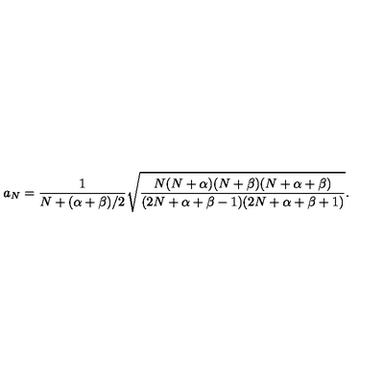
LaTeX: a _ { N } = { \frac { 1 } { N + ( \alpha + \beta ) / 2 } } \sqrt { { \frac { N ( N + \alpha ) ( N + \beta ) ( N + \alpha + \beta ) } { ( 2 N + \alpha + \beta - 1 ) ( 2 N + \alpha + \beta + 1 ) } } } .